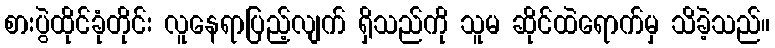
စားပွဲထိုင်ခုံတိုင်း လူနေရာပြည့်လျက် ရှိသည်ကို သူမ ဆိုင်ထဲရောက်မှ သိခဲ့သည်။